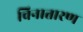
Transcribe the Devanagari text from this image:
विनातारण